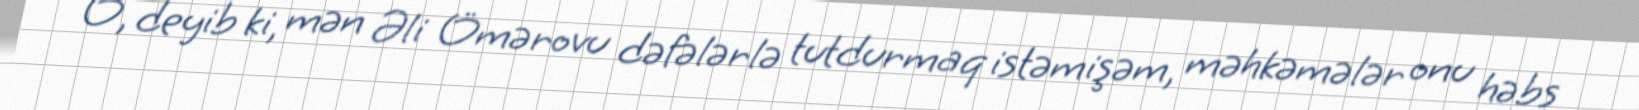
O, deyib ki, mən Əli Ömərovu dəfələrlə tutdurmaq istəmişəm, məhkəmələr onu həbs